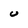
Character: U